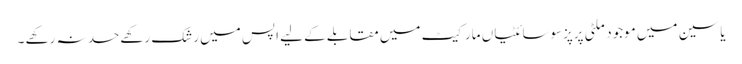
یاسین میں موجود ملٹی پرپزسوسائٹیاں مارکیٹ میں مقابلے کے لیے اپس میں رشک رکھے حسد نہ رکھے ۔